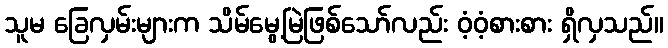
သူမ ခြေလှမ်းများက သိမ်မွေ့မြဲဖြစ်သော်လည်း ဝံ့ဝံ့စားစား ရှိလှသည်။